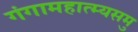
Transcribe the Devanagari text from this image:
गंगामहात्म्यसमु